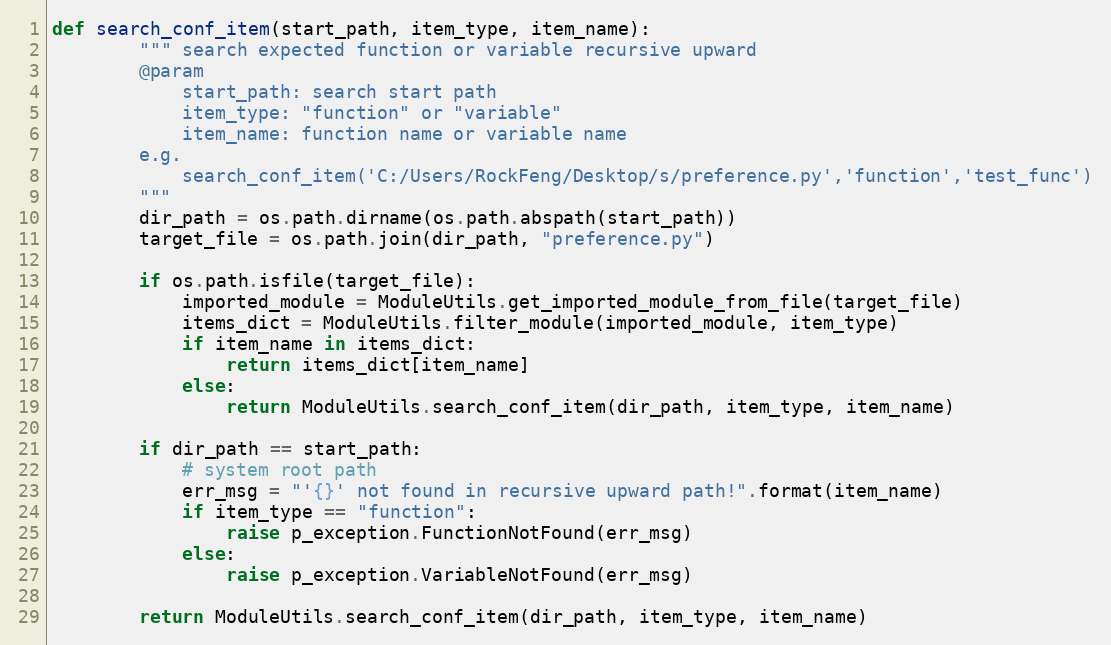
Language: Python
def search_conf_item(start_path, item_type, item_name):
        """ search expected function or variable recursive upward
        @param
            start_path: search start path
            item_type: "function" or "variable"
            item_name: function name or variable name
        e.g.
            search_conf_item('C:/Users/RockFeng/Desktop/s/preference.py','function','test_func')
        """
        dir_path = os.path.dirname(os.path.abspath(start_path))
        target_file = os.path.join(dir_path, "preference.py")

        if os.path.isfile(target_file):
            imported_module = ModuleUtils.get_imported_module_from_file(target_file)
            items_dict = ModuleUtils.filter_module(imported_module, item_type)
            if item_name in items_dict:
                return items_dict[item_name]
            else:
                return ModuleUtils.search_conf_item(dir_path, item_type, item_name)

        if dir_path == start_path:
            # system root path
            err_msg = "'{}' not found in recursive upward path!".format(item_name)
            if item_type == "function":
                raise p_exception.FunctionNotFound(err_msg)
            else:
                raise p_exception.VariableNotFound(err_msg)

        return ModuleUtils.search_conf_item(dir_path, item_type, item_name)